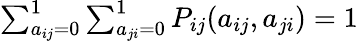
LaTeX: \begin{array}{r}{\sum_{a_{ij}=0}^{1}\sum_{a_{ji}=0}^{1}P_{ij}(a_{ij},a_{ji})=1}\end{array}